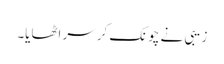
زیبی نے چونک کر سر اٹھایا۔